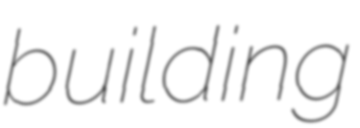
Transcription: building